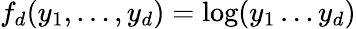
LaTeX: f_{d}(y_{1},\dots,y_{d})=\log(y_{1}\dots y_{d})